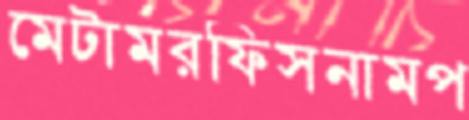
মেটামরফিসনামপ